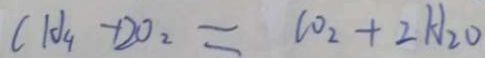
C H _ { 4 } - D O _ { 2 } = C O _ { 2 } + 2 H _ { 2 } O